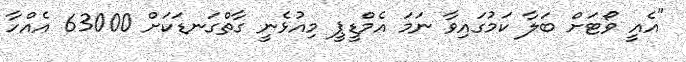
"އެއީ ވޯޓަށް ބަލާ ކަމުގައިވާ ނަމަ އެމްޑީޕީ މިއުޅެނީ ގާތްގަނޑަކަށް 63000 އެއްހާ